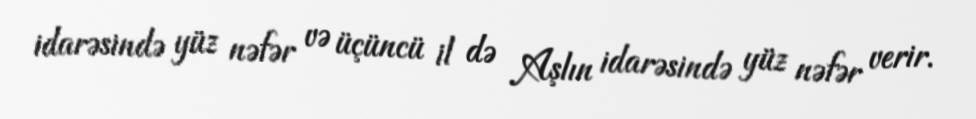
idarəsində yüz nəfər və üçüncü il də Aşlın idarəsində yüz nəfər verir.